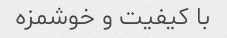
با کیفیت و خوشمزه